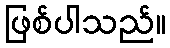
ဖြစ်ပါသည်။